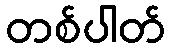
တစ်ပါတ်